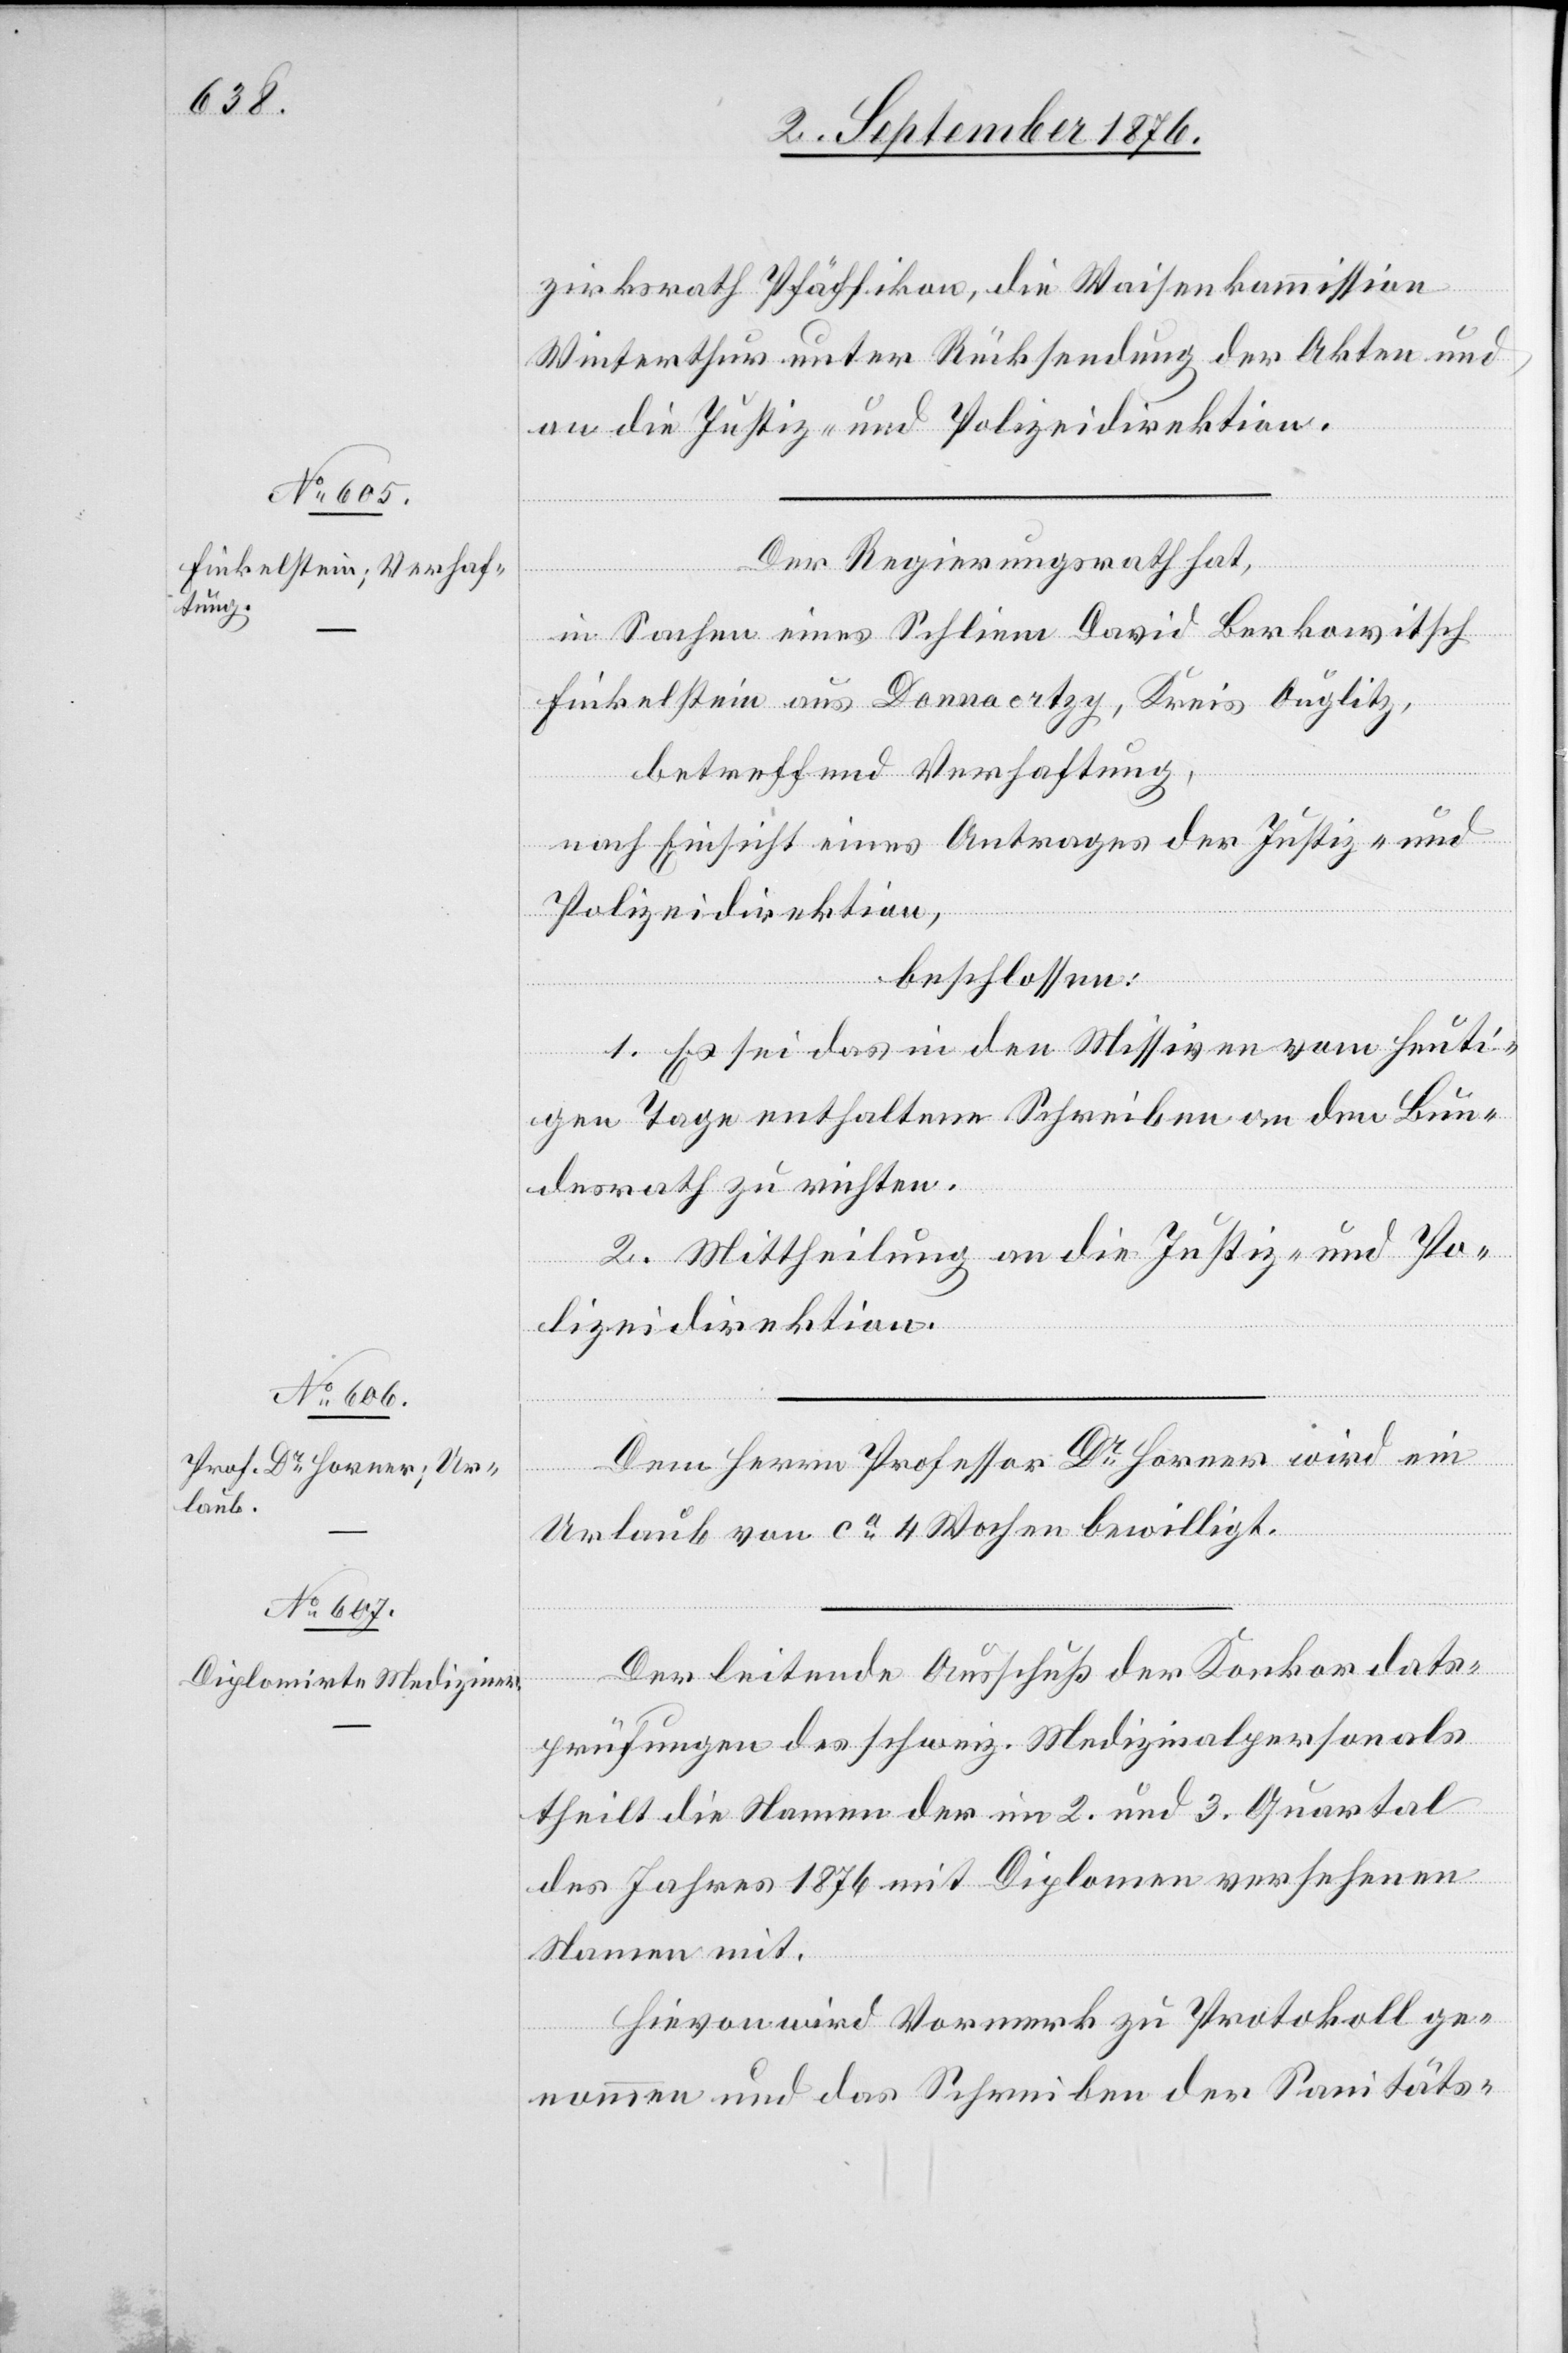
zirksrath Pfäffikon, die Waisenkommission
Winterthur unter Rücksendung der Akten und
an die Justiz- und Polizeidirektion.
Der Regierungsrath hat,
in Sachen eines Schliem David Berkowitsch
Finkelstein aus Donnaortzy, Kreis Auglitz,
betreffend Verhaftung,
nach Einsicht eines Antrages der Direktion der
beschlossen:
1. Es sei das in den Missiven vom heuti¬
gen Tage enthaltene Schreiben an den Bun¬
desrath zu richten.
2. Mittheilung an die Justiz- und Po¬
lizeidirektion.
Dem Herrn Professor Dr Horner wird ein
Urlaub von ca 4 Wochen bewilligt.
Der leitende Ausschuß der Konkordats¬
und Polizei,
prüfungen des schweiz. Medizinalpersonals
theilt die Namen der im 2. und 3. Quartal
des Jahres 1876 mit Diplomen versehenen
Namen mit.
Hievon wird Vormerk zu Protokoll ge¬
nommen und das Schreiben der Sanitäts-